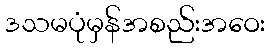
ဒသမပုံမှန်အစည်းအဝေး